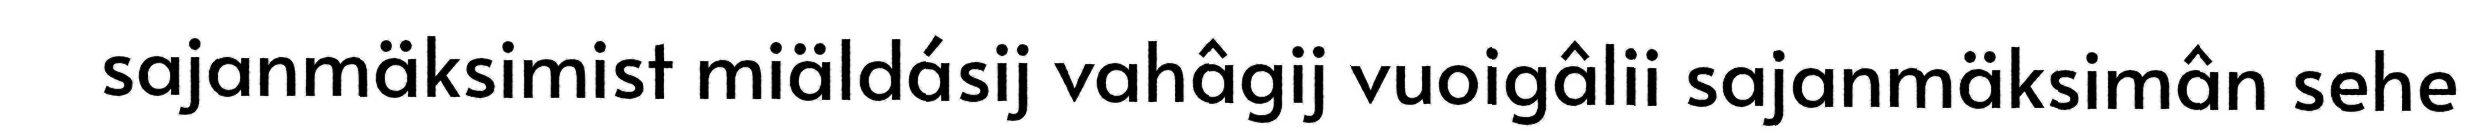
sajanmäksimist miäldásij vahâgij vuoigâlii sajanmäksimân sehe